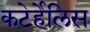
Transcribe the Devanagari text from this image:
कटेर्हेलिस